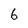
Character: 6